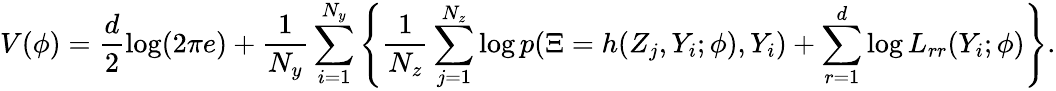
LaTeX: V(\phi)=\frac{d}{2}\log(2\pi e)+\frac{1}{N_{y}}\sum_{i=1}^{N_{y}}\left\{ \frac{1}{N_{z}}\sum_{j=1}^{N_{z}}\log p(\Xi=h(Z_{j},Y_{i};\phi),Y_{i})+\sum_{r=1}^{d}\log L_{rr}(Y_{i};\phi)\right\} .